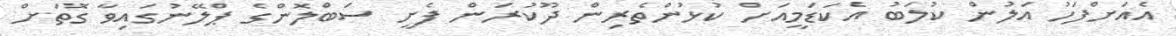
އެއަށްފަހު އަލުން ކުލަބު އެކަޑަމީއަށް ކުޅުންތެރިން ދޫކުރަން ފެށީ ސަބްލޮންގެ ޕްލޭނުގައިވާ ގޮތަށް